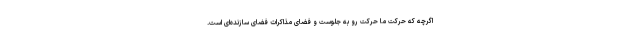
اگرچه که حرکت ما حرکت رو به جلوست و فضای مذاکرات فضای سازنده‌ای است.